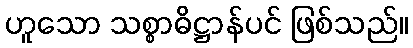
ဟူသော သစ္စာဓိဋ္ဌာန်ပင် ဖြစ်သည်။